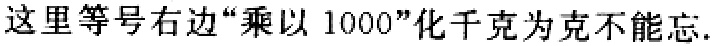
这里等号右边“乘以 1000”化千克为克不能忘.